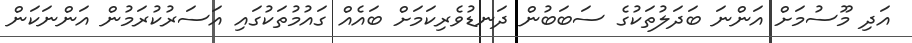
އަދި މޫސުމަށް އަންނަ ބަދަލުތަކުގެ ސަބަބުން ދަނޑުވެރިކަމަށް ބައެއް ގައުމުތަކުގައި އަސަރުކުރަމުން އަންނަކަން